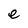
Character: e